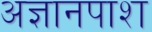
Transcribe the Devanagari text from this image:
अज्ञानपाश